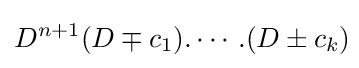
D^{n+1}(D\mp c_{1}).\cdots .(D\pm c_{k})\!